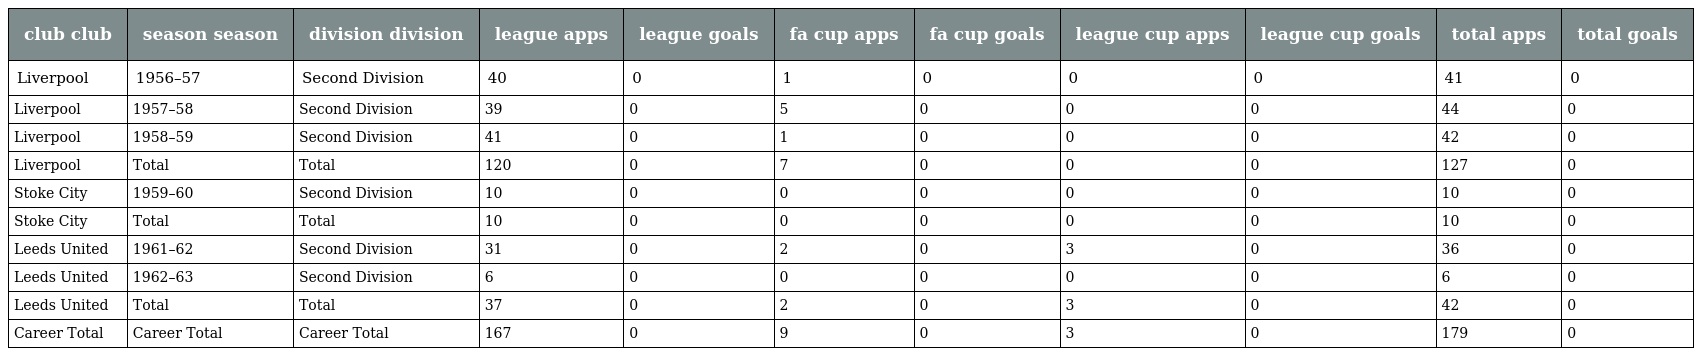
| club club | season season | division division | league apps | league goals | fa cup apps | fa cup goals | league cup apps | league cup goals | total apps | total goals |
 | --- | --- | --- | --- | --- | --- | --- | --- | --- | --- | --- |
 | Liverpool | 1956–57 | Second Division | 40 | 0 | 1 | 0 | 0 | 0 | 41 | 0 |
 | Liverpool | 1957–58 | Second Division | 39 | 0 | 5 | 0 | 0 | 0 | 44 | 0 |
 | Liverpool | 1958–59 | Second Division | 41 | 0 | 1 | 0 | 0 | 0 | 42 | 0 |
 | Liverpool | Total | Total | 120 | 0 | 7 | 0 | 0 | 0 | 127 | 0 |
 | Stoke City | 1959–60 | Second Division | 10 | 0 | 0 | 0 | 0 | 0 | 10 | 0 |
 | Stoke City | Total | Total | 10 | 0 | 0 | 0 | 0 | 0 | 10 | 0 |
 | Leeds United | 1961–62 | Second Division | 31 | 0 | 2 | 0 | 3 | 0 | 36 | 0 |
 | Leeds United | 1962–63 | Second Division | 6 | 0 | 0 | 0 | 0 | 0 | 6 | 0 |
 | Leeds United | Total | Total | 37 | 0 | 2 | 0 | 3 | 0 | 42 | 0 |
 | Career Total | Career Total | Career Total | 167 | 0 | 9 | 0 | 3 | 0 | 179 | 0 |